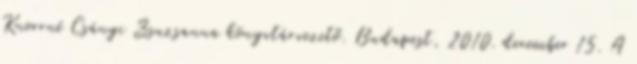
Knorrné Csányi Zsuzsanna könyvtárvezető. Budapest, 2010. december 15. A